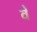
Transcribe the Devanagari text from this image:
वेँ